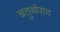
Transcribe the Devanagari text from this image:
चतुर्थपाद